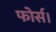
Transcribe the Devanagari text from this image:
फोर्स।